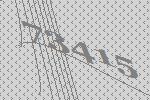
73415